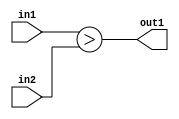
`timescale 1ps / 1ps
/*****************************************************************************
    Verilog RTL Description
    
    
    Created by: Stratus DpOpt 2019.1.01 
*******************************************************************************/

module pw_feature_addr_gen_LessThan_8Ux8U_1U_1 (
	in2,
	in1,
	out1
	); /* architecture "behavioural" */ 
input [7:0] in2,
	in1;
output  out1;
wire  asc001;

assign asc001 = (in1>in2);

assign out1 = asc001;
endmodule

/* CADENCE  urnzTwo= : u9/ySgnWtBlWxVPRXgAZ4Og= ** DO NOT EDIT THIS LINE ******/